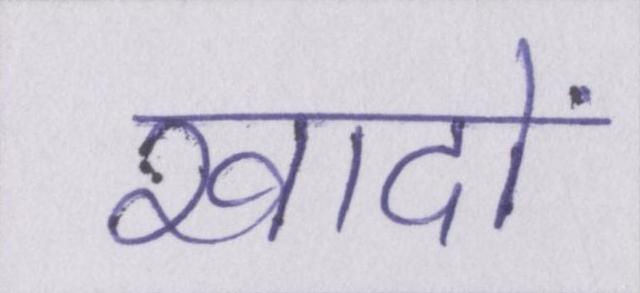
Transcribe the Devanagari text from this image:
खादों